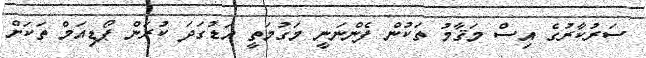
ސަރުކާރުގެ އިސް މަޤާމު ތަކުން ފެންނަނީ މަގުމަތީ އަޑުގަދަ ކުރަން ޕޯޑިއަމް ތަކަށް